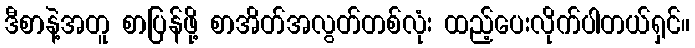
ဒီစာနဲ့အတူ စာပြန်ဖို့ စာအိတ်အလွတ်တစ်လုံး ထည့်ပေးလိုက်ပါတယ်ရှင်။